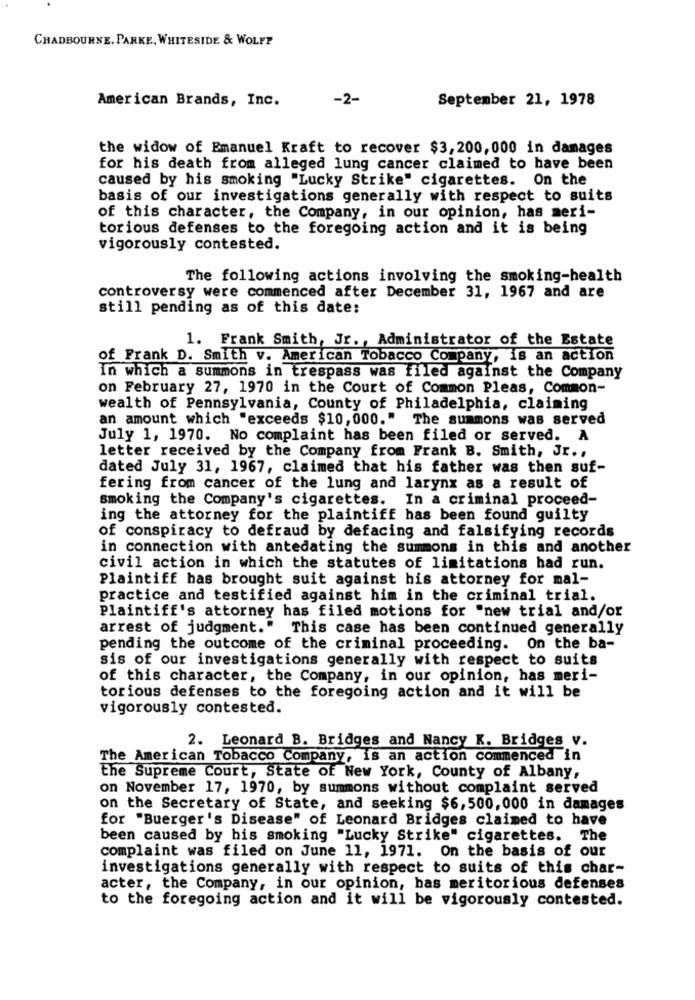
CHADBOURNE, PARKE, WHITESIDE & WOLFF
American Brands, Inc.
-2-
September 21, 1978
the widow of Emanuel Kraft to recover $3,200,000 in damages
for his death from alleged lung cancer claimed to have been
caused by his smoking "Lucky Strike" cigarettes. On the
basis of our investigations generally with respect to suits
of this character, the Company, in our opinion, has meri-
torious defenses to the foregoing action and it is being
vigorously contested.
The following actions involving the smoking-health
controversy were commenced after December 31, 1967 and are
still pending as of this date:
1. Frank Smith, Jr ., Administrator of the Estate
of Frank D. Smith v. American Tobacco Company, is an action
in which a summons in trespass was filed against the Company
on February 27, 1970 in the Court of Common Pleas, Common-
wealth of Pennsylvania, County of Philadelphia, claiming
an amount which "exceeds $10,000." The summons was served
July 1, 1970. No complaint has been filed or served. A
letter received by the Company from Frank B. Smith, Jr .,
dated July 31, 1967, claimed that his father was then suf-
fering from cancer of the lung and larynx as a result of
smoking the Company's cigarettes. In a criminal proceed-
ing the attorney for the plaintiff has been found guilty
of conspiracy to defraud by defacing and falsifying records
in connection with antedating the summons in this and another
civil action in which the statutes of limitations had run.
Plaintiff has brought suit against his attorney for mal-
practice and testified against him in the criminal trial.
Plaintiff's attorney has filed motions for "new trial and/or
arrest of judgment." This case has been continued generally
pending the outcome of the criminal proceeding. On the ba-
sis of our investigations generally with respect to suits
of this character, the Company, in our opinion, has meri-
torious defenses to the foregoing action and it will be
vigorously contested.
2. Leonard B. Bridges and Nancy K. Bridges v.
The American Tobacco Company, is an action commenced in
the Supreme Court, State of New York, County of Albany,
on November 17, 1970, by summons without complaint served
on the Secretary of State, and seeking $6,500,000 in damages
for "Buerger's Disease" of Leonard Bridges claimed to have
been caused by his smoking "Lucky Strike" cigarettes. The
complaint was filed on June 11, 1971. On the basis of our
investigations generally with respect to suits of this char-
acter, the Company, in our opinion, has meritorious defenses
to the foregoing action and it will be vigorously contested.